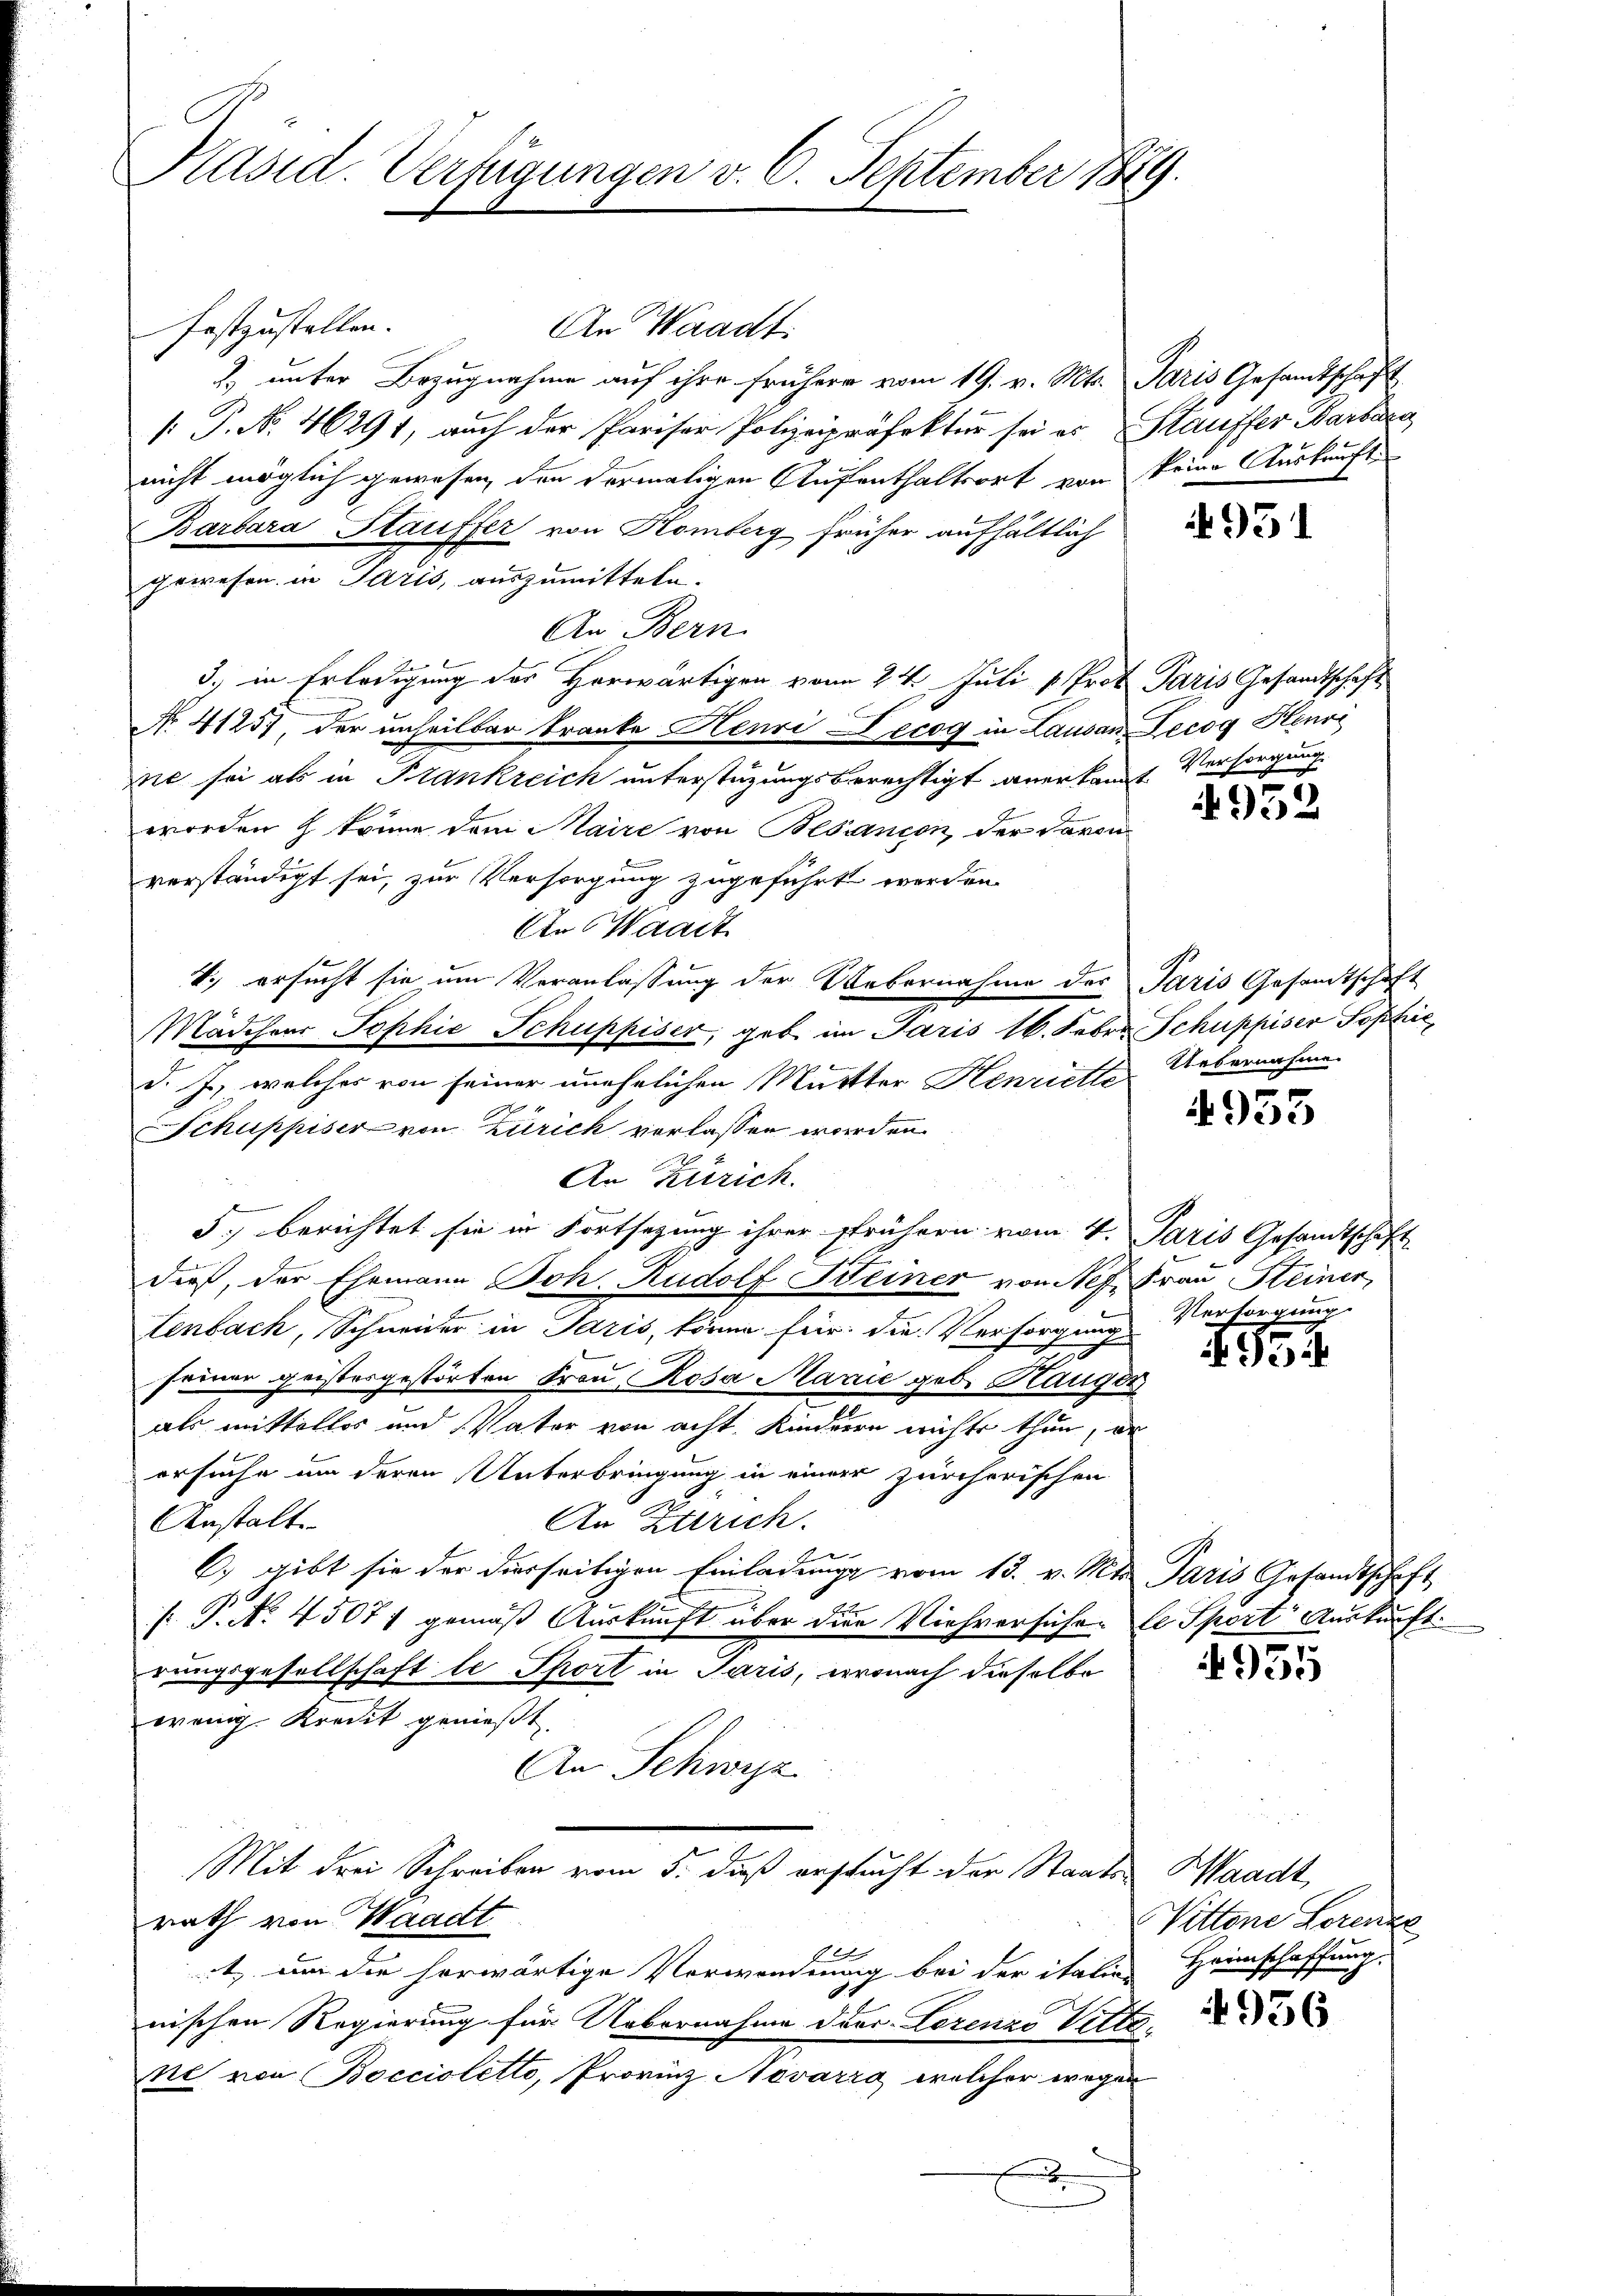
Präsid. Verfügungen v. 6. September 1889.

festzustellen.
An Waadt.
J) unter Bezugnahme auf ihre frühere vom 19. v. Mts. Paris Gesandtschaft
[ P. No. 46291, auch der Pariser Polizeipräfektur sei er Stauffer Barbarg
nicht möglich gewesen, den dermaligen Aufenthaltsort von keine Auskunft¬
Barbara Stauffer von Komberg früher aufhältlich
gewesen in Paris, auszumitteln.
An Bern.
H
Ich in Erledigung des Horwärtigen vom 24. Juli v. Prof. Paris Gesandtschaft
Nro 4125) der unheilbar tranke Henri Decog in Lausan Lecog Henri
sie sei als in Plankreich unterstüzungsberechtigt anerkannt
worden & könne dem Maire von Blancon der Baron
Be
verständigt sei, zur Versorgung zugeführt werden.
An Waadt
4.) ersucht sie um Veranlassung der Uebernahme des Paris Gesandtschaft
Mädchen Sophie Schuppiser, geb. im Jaris 16. Febr. Schuppiser Sophie,
d. J., welches von seiner unehelichen Mutter Henriette
Schuppiser von Zürich verlassen worden.
An Zürich.
5., berichtet sie in Fortsetzung ihrer frühern vom 4. Paris Gesandtschaft
dieß, der Ehemann Joh. Rudolf Weiner von Nef. Frau Steiner
tenbach, Schneider in Paris, könne für die Versorgung Versorgung
freuer geistesgestörten Frau Rosa Marie geb. Haugen
als mittellos und Vater von acht. Kinderen nichts thun, er
ersuche um deren Unterbringung in einem zürcherischen
An Zürich.
Anstalt
C) gibt sie der dierseitigen Einladung vom 13. v. Mts. Paris Gesandtschaft
[ P. No. 4507; gemäß Auskunft über die Viehversiche de Sport Auskunft.
rungsgesellschaft le Sport in Paris, wonach dieselbe
wenig Kredit genießt
An Schwyz
Mit drei Schreiben vom 5. daß ersucht der Staats-Waadt,
rath von Waadt
, um die herwärtige Vorwordung bei der italis-
nischen Regierung für Uebernahme ders. Lorenze Witter
re von Boccioletto, Provinz Novarza, welcher wegen
x

4951

Versorgung.

952

Uebernahme.

4935

95.

4935

Vittene Lorenze
Heimschaffung.

956